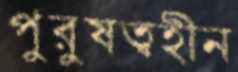
পুরুষত্বহীন